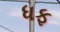
ધફ